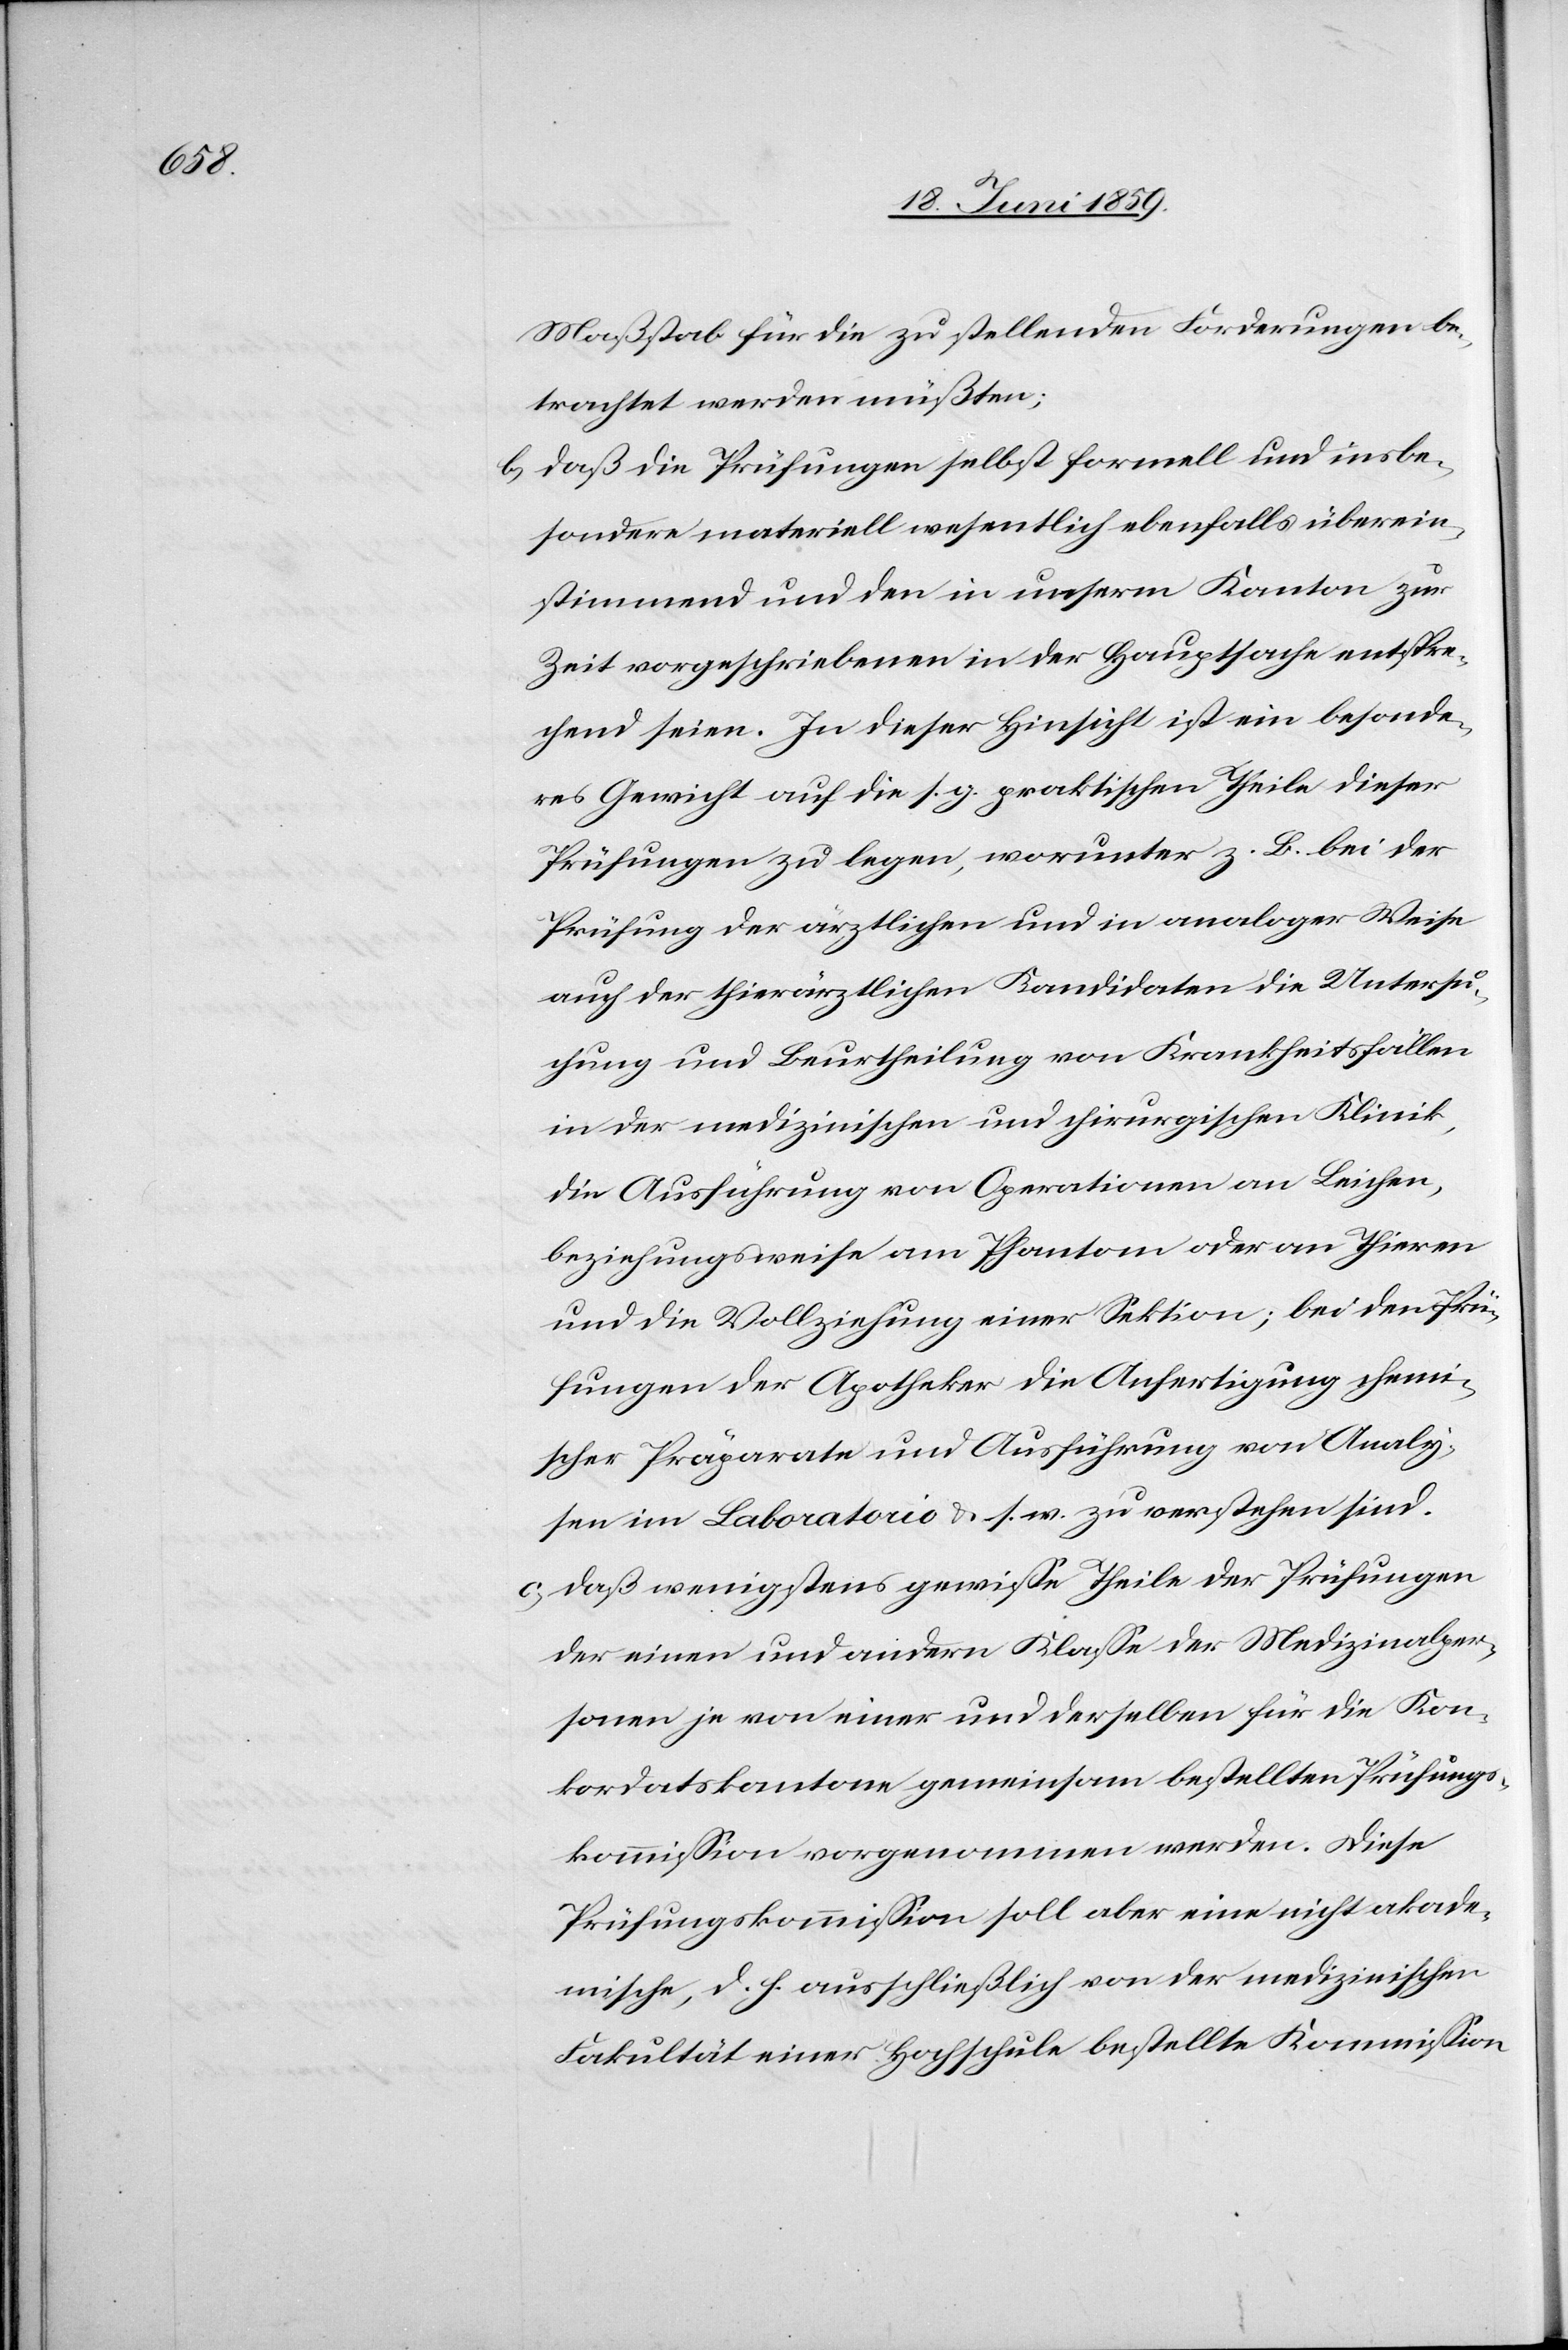
Maaßstab für die zu stellenden Forderungen be¬
trachtet werden müßten;
b) Daß die Prüfungen selbst formell und insbe¬
sondere materiell wesentlich ebenfalls überein¬
stimmend und den in unserm Kanton zur
Zeit vorgeschriebenen in der der Hauptsache entspre¬
chend seien. In dieser Hinsicht ist ein besonde¬
res Gericht auf die s. g. praktischen Theile dieser
Prüfungen zu legen, worunter z. B. bei der
Prüfung der ärztlichen und in analoger Weise
auch der thierärztlichen Kandidaten die Untersu¬
chung und Beurtheilung von Krankheitsfällen
in der medizinischen und chirurgischen Klinik,
die Ausführung von Operationen an Leichen,
beziehungsweise am Phantom oder an Thieren
und die Vollziehung einer Sektion; bei den Prü¬
fungen der Apotheker die Anfertigung chemi¬
scher Präparate und Ausführung von Analy¬
sen im Laboratorio u. s. w. zu verstehen sind.
c) daß wenigstens gewisse Theile der Prüfungen
der einen und andern Klasse der Medizinalper¬
sonen je von einer und derselben für die Kon¬
kordatskantone gemeinsam bestellten Prüfungs¬
kommission vorgenommen werden. Diese
Prüfungskommission soll aber eine nicht akade¬
mische, d. h. ausschließlich von der medizinischen
Fakultät einer Hochschule bestellte Kommission